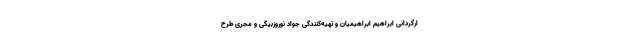
ارگردانی ابراهیم ابراهیمیان و تهیه‌کنندگی جواد نوروزبیگی و مجری طرح